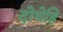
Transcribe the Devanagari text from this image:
दोघेहि